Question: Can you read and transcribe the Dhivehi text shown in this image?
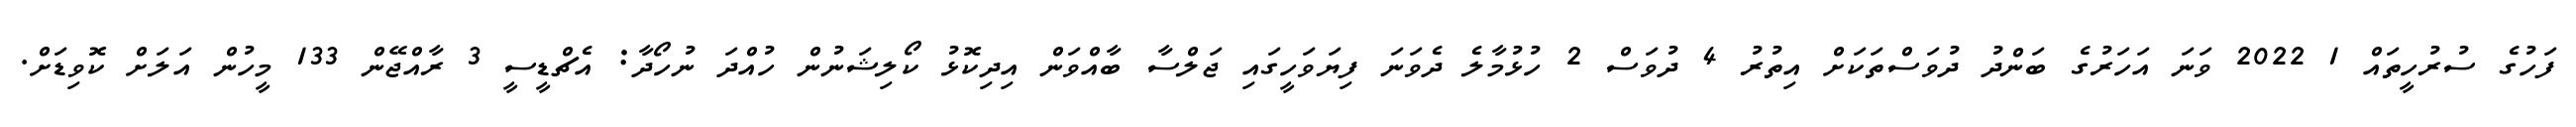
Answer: ފަހުގެ ސުރުހީތައް 1 2022 ވަނަ އަހަރުގެ ބަންދު ދުވަސްތަކަށް އިތުރު 4 ދުވަސް 2 ހުޅުމާލެ ދެވަނަ ފިޔަވަހީގައި ޖަލްސާ ބާއްވަން އިދިކޮޅު ކޯލިޝަނުން ހުއްދަ ނުހޯދާ: އެޗްޑީސީ 3 ރާއްޖޭން 133 މީހުން އަލަށް ކޮވިޑަށް.